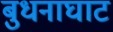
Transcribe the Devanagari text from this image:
बुधनाघाट